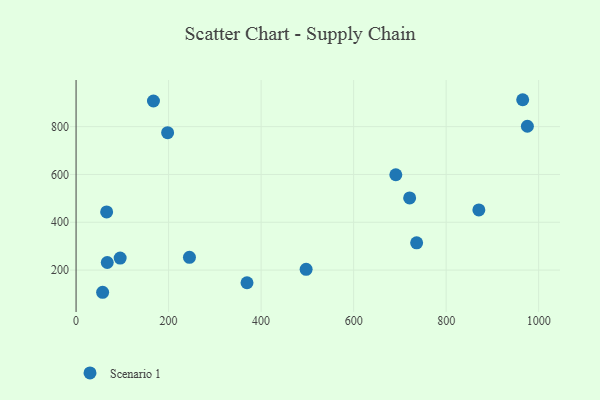
{"axis": {"x": "Engine Size", "y": "Demand"}, "legend": ["Scenario 1"], "data": [{"x": "197.9", "y": 774.7, "type": "Scenario 1"}, {"x": "369.5", "y": 147.0, "type": "Scenario 1"}, {"x": "66.1", "y": 443.4, "type": "Scenario 1"}, {"x": "67.4", "y": 231.7, "type": "Scenario 1"}, {"x": "965.5", "y": 912.7, "type": "Scenario 1"}, {"x": "167.3", "y": 907.3, "type": "Scenario 1"}, {"x": "691.2", "y": 598.8, "type": "Scenario 1"}, {"x": "736.2", "y": 314.2, "type": "Scenario 1"}, {"x": "975.6", "y": 801.7, "type": "Scenario 1"}, {"x": "245.1", "y": 253.3, "type": "Scenario 1"}, {"x": "721.1", "y": 501.9, "type": "Scenario 1"}, {"x": "870.7", "y": 451.5, "type": "Scenario 1"}, {"x": "497.3", "y": 203.4, "type": "Scenario 1"}, {"x": "95.3", "y": 250.3, "type": "Scenario 1"}, {"x": "57.4", "y": 107.2, "type": "Scenario 1"}]}